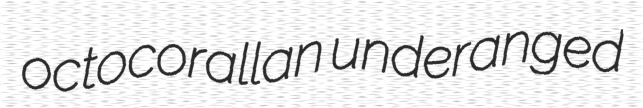
octocorallan underanged